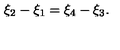
\xi _ { 2 } - \xi _ { 1 } = \xi _ { 4 } - \xi _ { 3 } .